Report on the administration of the Government Cinchona Department 1892-98
Year: 1892
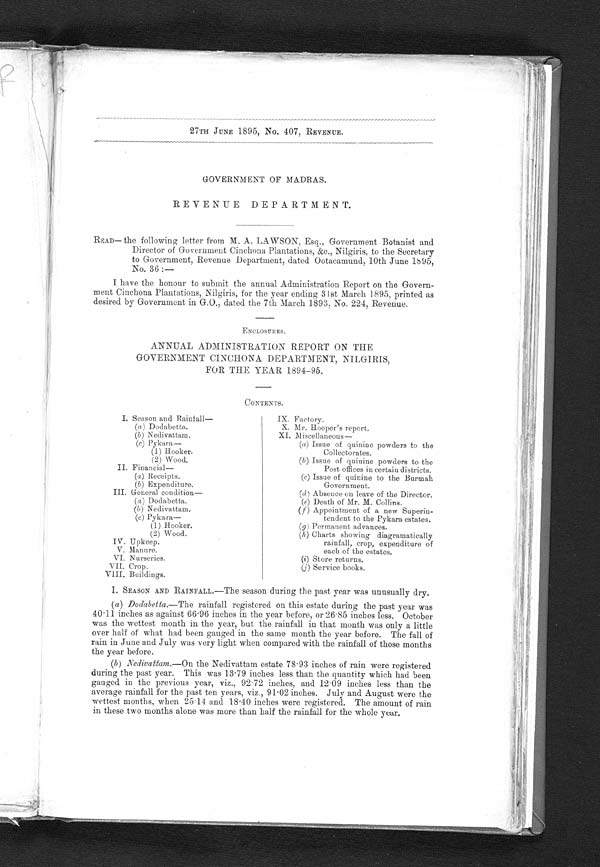
27TH JUNE 1895, No. 407, REVENUE.
GOVERNMENT OF MADRAS.
REVENUE DEPARTMENT.
READ— the following letter from M. A. LAWSON, Esq., Government Botanist and
Director of Government Cinchona Plantations, &c., Nilgiris, to the Secretary
to Government, Revenue Department, dated Ootacamund, 10th June 1595,
No. 36 :
—
I have the honour to submit the annual Administration Report on the Govern-
ment Cinchona Plantations, Nilgiris, for the year ending 3 I st March 1895, printed as
desired by Government in G.O., dated the 7th March 1893, No. 224, Revenue.
ENCLOSURES.
ANNUAL ADMINISTRATION REPORT ON THE
GOVERNMENT CINCHONA DEPARTMENT, NILGIRIS,
FOR THE YEAR 1894-95.
CONTENTS.
I. Season and Rainfall
—
(a) Dodabetta
.
(b) Nedivattam.
(c) Pykara
—
(1) Hooker.
(2) Wood.
II. Financial
—
(a) Receipts.
(b) Expenditure.
III. General condition
—
(a) Dodabetta.
(b) Nedivattam.
(c) Pykara-
(1) Hooker.
(2) Wood.
IV. Upkeep.
V. Manure.
VI. Nurseries.
VII. Crop.
VIII. Buildings.
IX. Factory.
X. Mr. Hooper's report.
XI. Miscellaneous
—
(a) Issue of quinine powders to the
Collectorates.
(b) Issue of quinine powders to the
Post offices in certain districts.
(c) Issue of quinine to the Burmah
Government.
(d) Absence on leave of the Director.
(e) Death of Mr. M. Collins.
( f) Appointment of a new Superin-
tendent to the Pykara estates.
( g ) Permanent advances.
(h) Charts showing diagramatically
rainfall, crop, expenditure of
each of the estates.
(i) S t o r e r e t u r n s .
(j) Service books.
I. SEASON AND RAINFALL.—The season during the past year was unusually dry.
(a) Dodabetta.—The rainfall registered on this estate during the past year was
40.11 inches as against 66.96 inches in the year before, or 26.85 inches less. October
was the wettest month in the year, but the rainfall in that month was only a little
over half of what had been gauged in the same month the year before. The fall of
rain in June and July was very light when compared with the rainfall of those months
the year before.
(b) Nedivattam.—On the Nedivattam estate 78.93 inches of rain were registered
during the past year. This was 13.79 inches less than the quantity which had been
gauged in the previous year, viz., 92.72 inches, and 12.09 inches less than the
average rainfall for the past ten years, viz., 91.02 inches. July and August were the
wettest months, when 25.14 and 18.40 inches were registered. The amount of rain
in these two months alone was more than half the rainfall for the whole year.